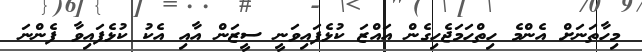
މިހާތަނަށް އެންމެ ހިތްހަމަޖެހިގެން އައްޒަ ކުޅެފައިވަނީ ސީޒަން އާއި އެކު ކުޅެފައިވާ ފެންނަ